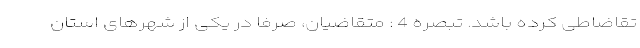
تقاضاطی کرده باشد. تبصره 4 : متقاضیان، صرفاً در یکی از شهرهای استان